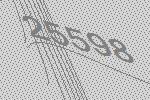
25598